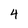
Character: 4